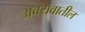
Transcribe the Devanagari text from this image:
अवयवातील